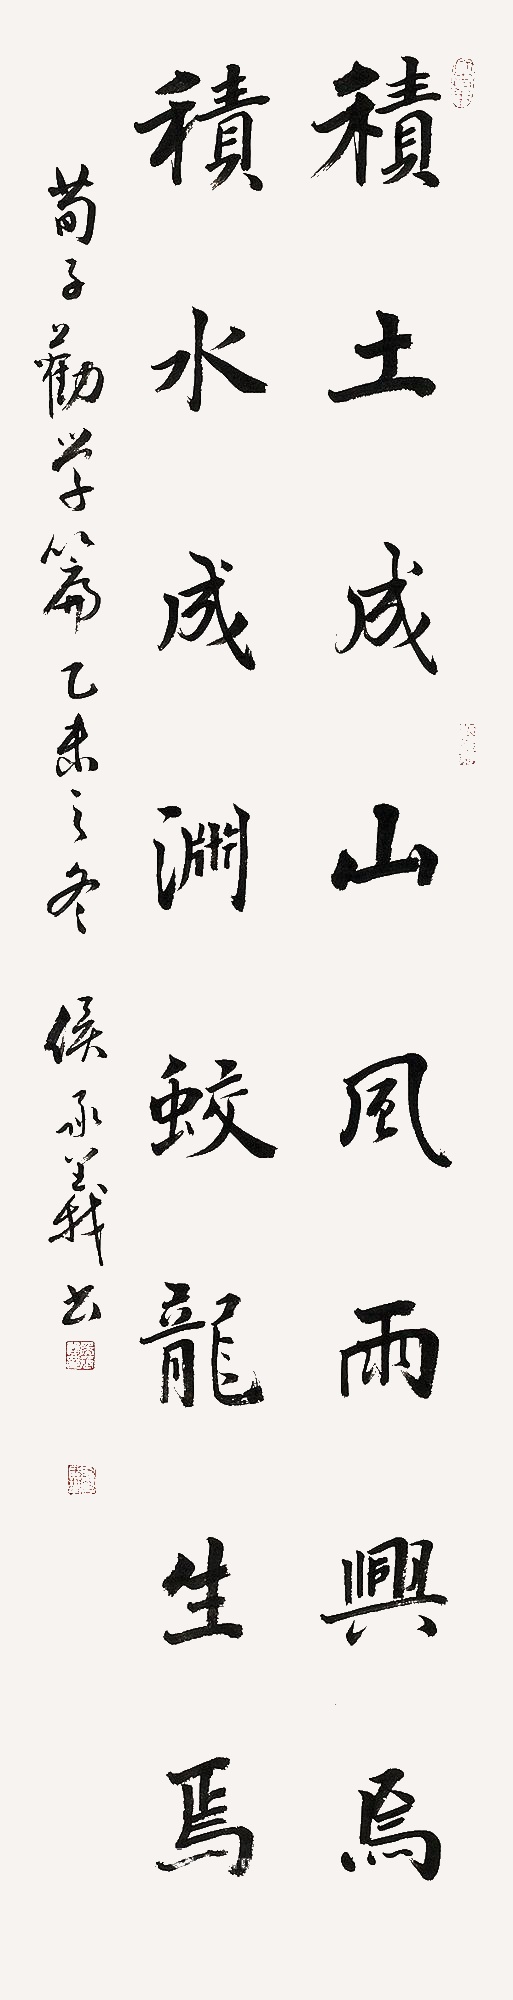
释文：积土成山，风雨兴焉；积水成渊，蛟龙生焉。荀子勤学篇。乙未之冬侯承义书。